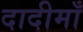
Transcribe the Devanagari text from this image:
दादीमाँ